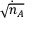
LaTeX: \dot { \sqrt { n _ { A } } }